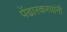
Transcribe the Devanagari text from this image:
पेंढारकरयांनी